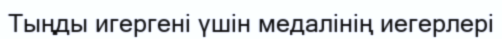
Тыңды игергені үшін медалінің иегерлері